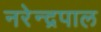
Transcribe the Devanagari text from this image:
नरेन्द्रपाल